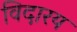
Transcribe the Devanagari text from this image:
विदारय